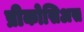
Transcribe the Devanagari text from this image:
प्रीकोसिअस